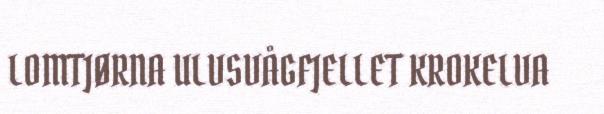
LOMTJØRNA ULVSVÅGFJELLET KROKELVA